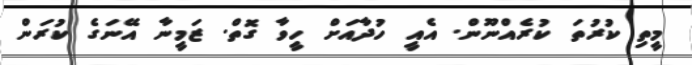
މީތި ކުރުތަ ކުރެއްނޫން. އެއީ ހުދާއަށް ހީވާ ގޮތް. ޒަމީނާ އޭނަގެ ކުރަން